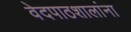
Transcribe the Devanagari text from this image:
वेदपाठशालांना